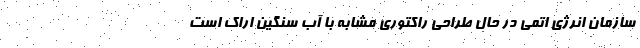
سازمان انرژی اتمی در حال طراحی راکتوری مشابه با آب سنگین اراک است